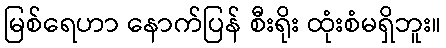
မြစ်ရေဟာ နောက်ပြန် စီးရိုး ထုံးစံမရှိဘူး။